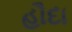
હૌદા